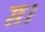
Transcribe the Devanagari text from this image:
ग़।